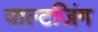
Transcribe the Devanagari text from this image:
वाल्टजिंग